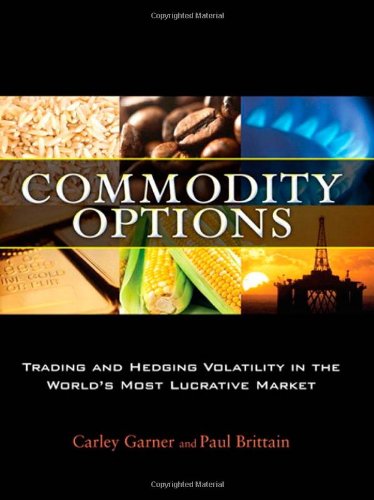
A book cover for Commodity Options: Trading and Hedging Volatility in the WorldÂ¿s Most Lucrative Market; Carley Garner; Business & Money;